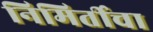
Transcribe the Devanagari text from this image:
निमिर्तीचा